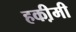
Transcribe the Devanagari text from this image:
हकी़मी